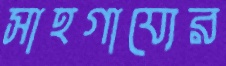
সাহগায্যের